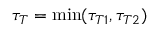
\tau _ { T } = \operatorname* { m i n } ( \tau _ { T 1 } , \tau _ { T 2 } )